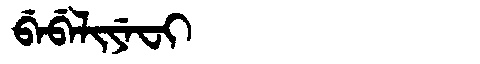
Manchu: ᠪᡝᠪᡝᠯᡳᠶᡝᠸᡳ
Romanization: BEBELIYEFI